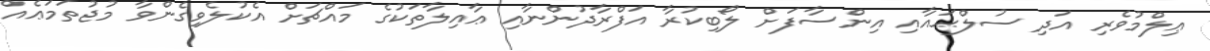
ޢިލްމުވެރި އަދި ސުލްޙައާއި އިންސާފަށް ލޯބިކުރާ އަފްރާދުންނާއި ޢާއިލާތަކުގެ މައްޗަށް އެކުލެވިގެންވާ މުޖުތަމަޢެއް